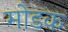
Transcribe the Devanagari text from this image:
माेडक